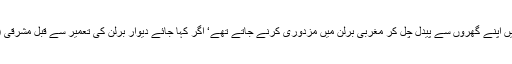
دیوار کی تعمیر سے مغربی جرمنی کو 60 ہزار باہنر مزدوروں کا نقصان ہوا ‘جو مشرقی برلن میں اپنے گھروں سے پیدل چل کر مغربی برلن میں مزدوری کرنے جاتے تھے‘ اگر کہا جائے دیوارِ برلن کی تعمیر سے قبل مشرقی (کمیونسٹ) جرمنی کے لوگ مغربی (سرمایہ دارانہ) جرمنی روز آتے جاتے تھے تو غلط نہ ہوگا۔